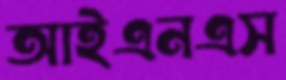
আইএনএস